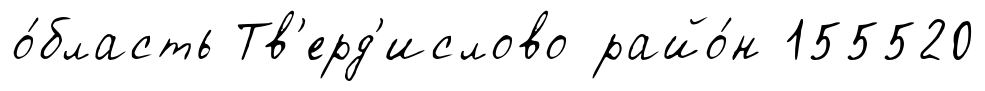
о́бласть Тв'ерд'ислово райо́н 155520